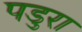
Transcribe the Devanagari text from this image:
पडुरा